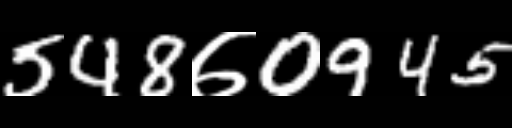
Text: 548७0945